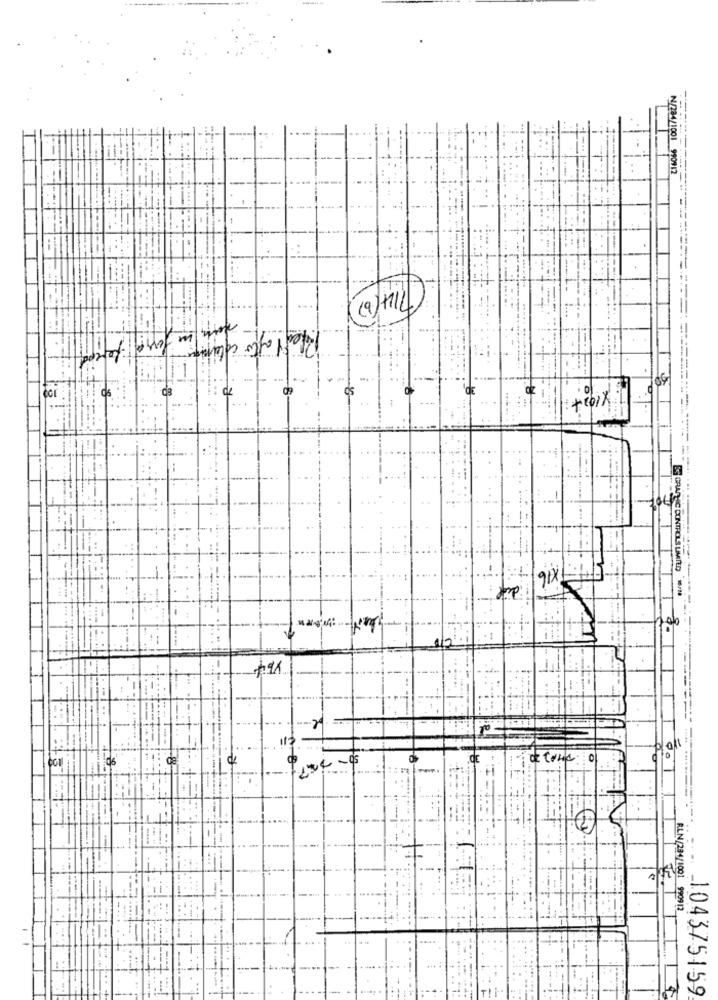
-
₦/234/1001 990912
--
Ifent after columna
70
04
BE GRAPHIC CONTROLS LIMITED .S.
+1x
113
O
200
--
-
--
RLN/284/1001 990912
104375159